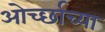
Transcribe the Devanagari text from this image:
ओर्च्छाच्या